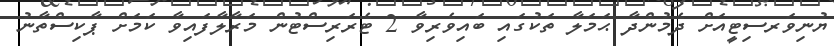
ޔުނިވަރސިޓީއަށް ދެމުންދާ ޙަމަލާ ތަކުގައި ބައިވެރިވާ 2 ޓެރަރިސްޓުން މަރާލާފައިވާ ކަމަށް ޕާކިސްތާނު